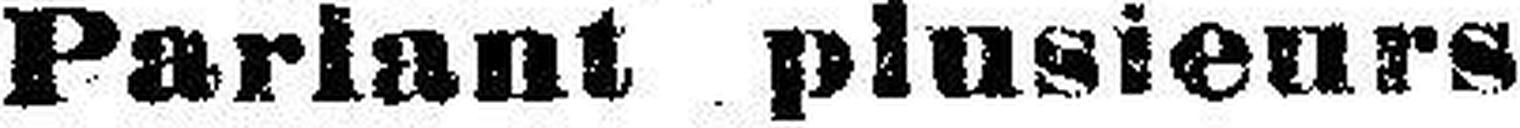
Parlant plusieurs